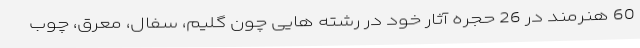
60 هنرمند در 26 حجره آثار خود در رشته هایی چون گلیم، سفال، معرق، چوب